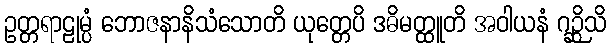
ဥတ္တရာဠုမ္ပံ ဘောဇနာနိသံသောတိ ယုတ္တေပိ ဒဓိမတ္ထူတိ အဝါယနံ ဂဉ္ဆိသိ